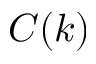
C ( k )